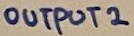
Text: OUTPUT 2